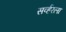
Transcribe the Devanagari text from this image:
सर्व्हरला